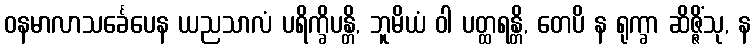
ဝနမာလာသင်္ခေပေန ယညသာလံ ပရိက္ခိပန္တိ, ဘူမိယံ ဝါ ပတ္ထရန္တိ, တေပိ န ရုက္ခာ ဆိဇ္ဇိံသု, န